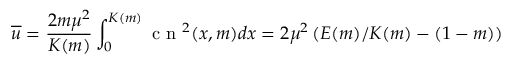
\overline { { u } } = \frac { 2 m \mu ^ { 2 } } { K ( m ) } \int _ { 0 } ^ { K ( m ) } \mathrm { ~ c ~ n ~ } ^ { 2 } ( x , m ) d x = 2 \mu ^ { 2 } \left( E ( m ) / K ( m ) - ( 1 - m ) \right)